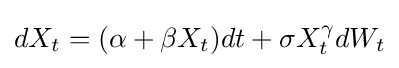
dX_{t}=(\alpha +\beta X_{t})dt+\sigma X_{t}^{\gamma }dW_{t}